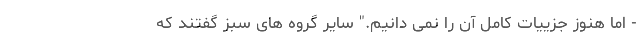
- اما هنوز جزییات کامل آن را نمی دانیم." سایر گروه های سبز گفتند که